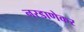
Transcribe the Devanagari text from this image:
नरडाणेकर